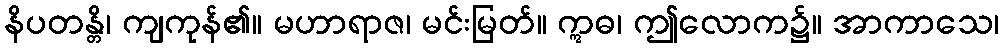
နိပတန္တိ၊ ကျကုန်၏။ မဟာရာဇ၊ မင်းမြတ်။ ဣဓ၊ ဤလောက၌။ အာကာသေ၊